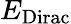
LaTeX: E_{\mathrm{Dirac}}